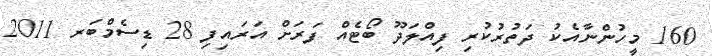
160 މީހުންނާއެކު ދަތުރުކުރި ފިއްލަދޫ ބޯޓެއް ފަރަށް އަރައިފި 28 ޑިސެމްބަރ 2011